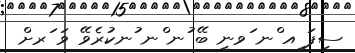
ސިފަ ިއ ްނ ަވނީ ބޭ ުނ ްނ ުނކުރެވޭ ވަ ަރށް